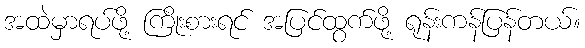
အထဲမှာရပ်ဖို့ ကြိုးစားရင် အပြင်ထွက်ဖို့ ရုန်းကန်ပြန်တယ်။